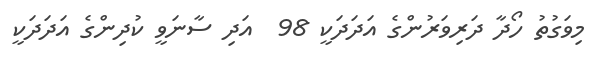
މިވަގުތު ހޯދާ ދަރިވަރުންގެ އަދަދަކީ 98  އަދި ސާނަވީ ކުދިންގެ އަދަދަކީ